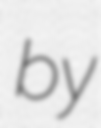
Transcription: by